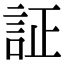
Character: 証